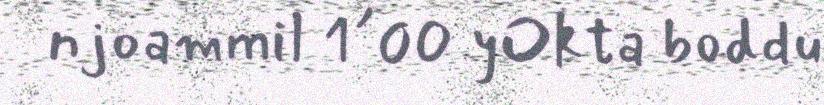
njoammil 1´00 yOkta boddu